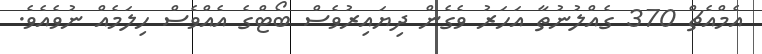
އެމްއެޗް 370 ގެއްލުނުތާ އަހަރު ވެގެން ދިޔައިރުވެސް ބޯޓްގެ އެއްވެސް ހިލަމެއް ނުވެއެވެ.